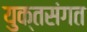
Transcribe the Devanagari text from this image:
युक्तसंगत